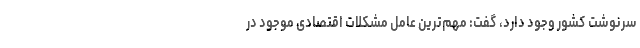
سرنوشت کشور وجود دارد، گفت: مهم‌ترین عامل مشکلات اقتصادی موجود در